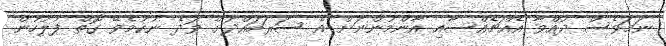
ނަމަވެސް ދުއްވާ އެއްޗެއްސާއި އާންމުންނަށް އެ ސަރަހައްދަށް ވަދެ ނުކުމެވޭ ގޮތް ފުލުހުން